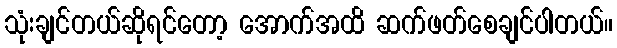
သုံးချင်တယ်ဆိုရင်တော့ အောက်အထိ ဆက်ဖတ်စေချင်ပါတယ်။